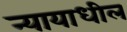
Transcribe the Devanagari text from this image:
न्यायाधील